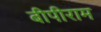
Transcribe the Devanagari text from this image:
बीपीराम